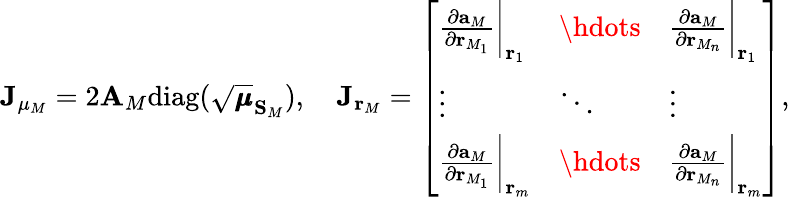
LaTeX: \mathbf{J}_{\mu_{M}}=2\mathbf{A}_{M}\mathrm{diag}(\sqrt{\pmb{\mu}}_{\mathbf{S}_{M}}),\quad\mathbf{J}_{\mathbf{r}_{M}}=\left[\begin{array}{lll}{\frac{\partial{\mathbf{a}_{M}}}{\partial\mathbf{r}_{M_{1}}}\biggr\rvert_{\mathbf{r}_{1}}}&{\hdots}&{\frac{\partial{\mathbf{a}_{M}}}{\partial\mathbf{r}_{M_{n}}}\biggr\rvert_{\mathbf{r}_{1}}}\\ {\vdots}&{\ddots}&{\vdots}\\ {\frac{\partial{\mathbf{a}_{M}}}{\partial\mathbf{r}_{M_{1}}}\biggr\rvert_{\mathbf{r}_{m}}}&{\hdots}&{\frac{\partial{\mathbf{a}_{M}}}{\partial\mathbf{r}_{M_{n}}}\biggr\rvert_{\mathbf{r}_{m}}}\end{array}\right],